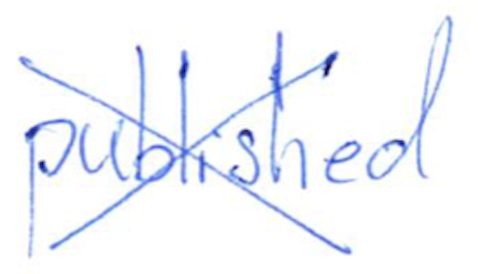
Text: published
Cross-out: mix
Writing tool: ballpoint